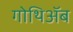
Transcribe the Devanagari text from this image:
गोथिॲब